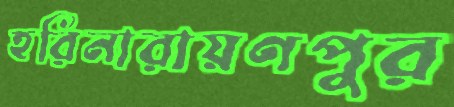
হরিনারায়ণপুর